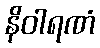
နိဝါရဏံ